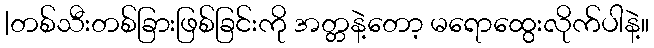
|တစ်သီးတစ်ခြားဖြစ်ခြင်းကို အတ္တနဲ့တော့ မရောထွေးလိုက်ပါနဲ့။